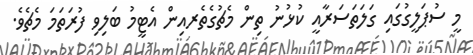
މީ ސުޕަލީގުގައި ގަލަތަސަރާއީ ކުޅުނު ތިން މެޗުގެތެރއިން އެޓީމު ބަލިވި ފުރަތަމަ މެޗެވެ.